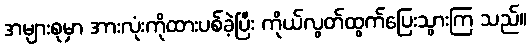
အများစုမှာ အားလုံးကိုထားပစ်ခဲ့ပြီး ကိုယ်လွတ်ထွက်ပြေးသွားကြ သည်။